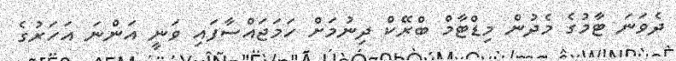
ދެވަނަ ޓާމުގެ މެދުން މިޑްޓާމް ބްރޭކް ދިނުމަށް ހަމަޖައްސާފައި ވަނީ އަންނަ އަހަރުގެ